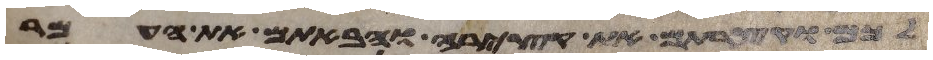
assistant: לכם וקצרתם את קצירה והבאתם את העמר